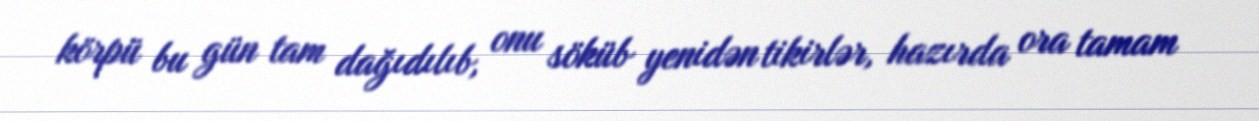
körpü bu gün tam dağıdılıb, onu söküb yenidən tikirlər, hazırda ora tamam